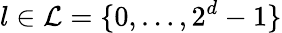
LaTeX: l\in\mathcal{L}=\{ 0,\dots,2^{d}-1\}